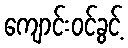
ကျောင်းဝင်ခွင့်